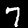
Label: 7